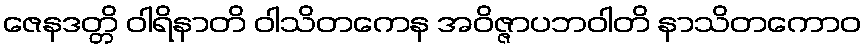
ဇေနဒတ္တိ ဝါရိနာတိ ဝါသိတကေန အဝိဇ္ဇာပဘဝါတိ နာသိတကောဝ